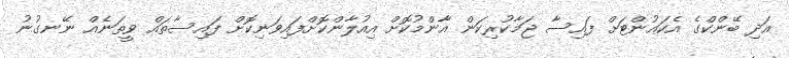
އަދި ބޭންކްގެ އެކައުންޓަށް ފައިސާ ޖަމާކުރިކަން އާންމުކޮށް އިއުލާންކޮށްފައިވަނިކޮށް ފައިސާތައް ވީތަނެއް ނޭނގުނު